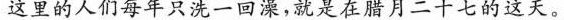
这里的人们每年只洗一回澡，就是在腊月二十七的这天。